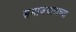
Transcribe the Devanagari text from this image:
समाजवादाच्या